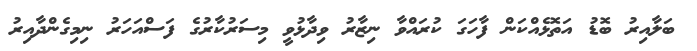
ބަލާއިރު ބޮޑު އަތޮޅެއްކަން ފާހަގަ ކުރައްވާ ނިޒާރު ވިދާޅުވީ މިސަރުކާރުގެ ފަސްއަހަރު ނިމިގެންދާއިރު